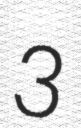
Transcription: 3